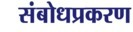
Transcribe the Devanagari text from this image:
संबोधप्रकरण